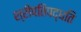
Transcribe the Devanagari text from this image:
श्रीपतिपद्धति